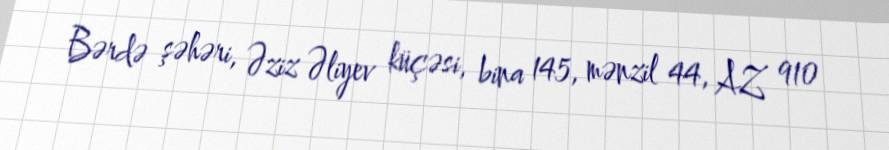
Bərdə şəhəri, Əziz Əliyev küçəsi, bina 145, mənzil 44, AZ 910